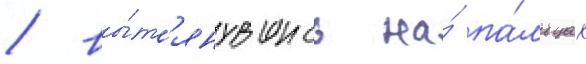
/ вы́т'янувшись на́ па́льцах